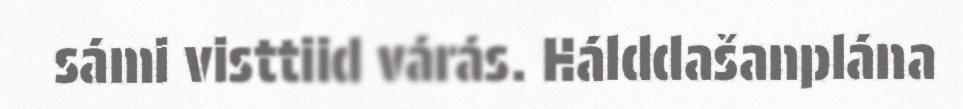
sámi visttiid várás. Hálddašanplána